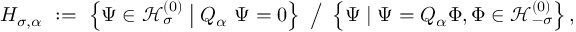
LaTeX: H _ { \sigma , \alpha } \ : = \ \left\{ \Psi \in { \mathcal H } _ { \sigma } ^ { ( 0 ) } \bigm | Q _ { \alpha } \ \Psi = 0 \right\} \ \big / \ \left\{ \Psi \mid \Psi = Q _ { \alpha } \Phi , \Phi \in { \mathcal H } _ { - \sigma } ^ { ( 0 ) } \right\} ,